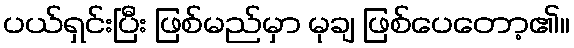
ပယ်ရှင်းပြီး ဖြစ်မည်မှာ မုချ ဖြစ်ပေတော့၏။